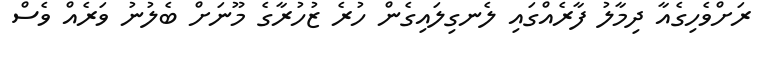
ރަށްވެހިގެއާ ދިމާލު ފާރެއްގައި ލެނގިލައިގެން ހުރެ ޒުހުރާގެ މޫނަށް ބެލުނު ވަރެއް ވެސް